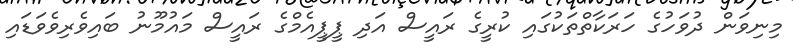
މިނިވަން ދުވަހުގެ ހަރަކާތްތަކުގައި ކުރީގެ ރައީސް އަދި ޕީޕީއެމްގެ ރައީސް މައުމޫނު ބައިވެރިވެވަޑައި